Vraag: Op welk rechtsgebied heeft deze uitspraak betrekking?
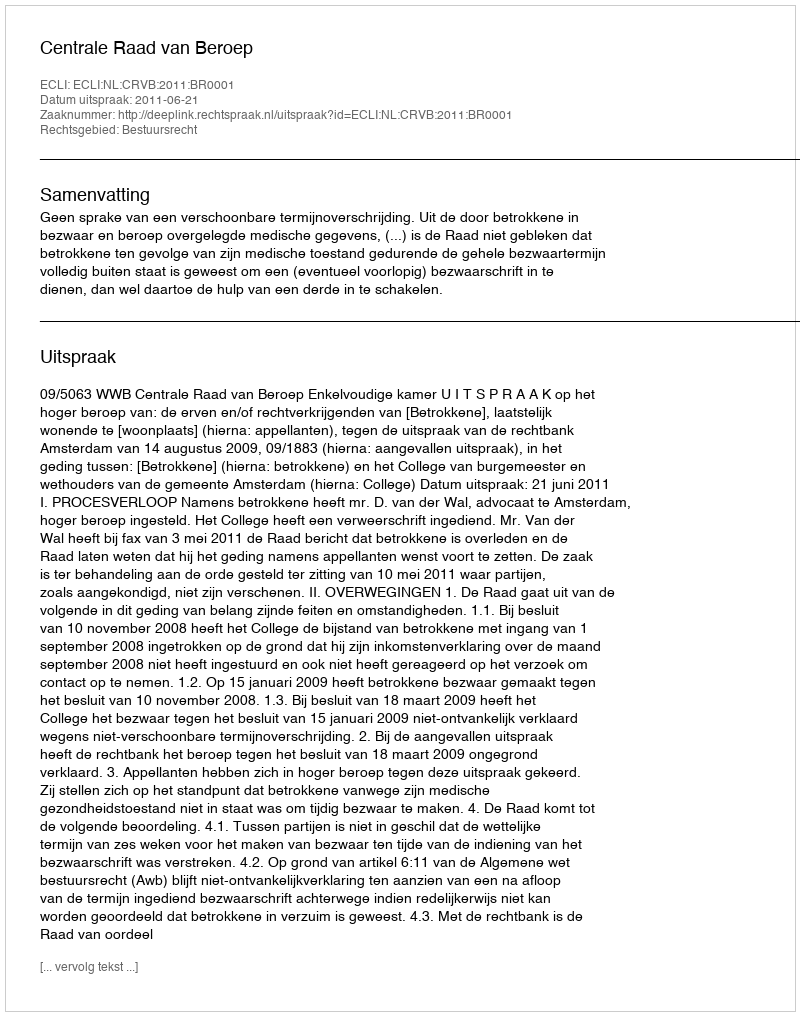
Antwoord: Bestuursrecht